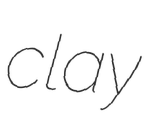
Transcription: clay